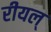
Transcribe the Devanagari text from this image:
रीयल्